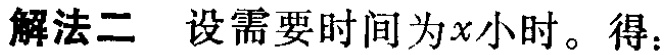
解法二 设需要时间为\(x\)小时。得：